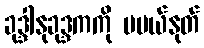
ခုဒ္ဒါနုခုဒ္ဒကကို မပယ်နုတ်